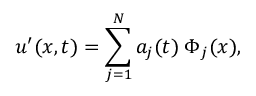
\boldsymbol { u } ^ { \prime } ( \boldsymbol { x } , t ) = \sum _ { j = 1 } ^ { N } a _ { j } ( t ) \: \boldsymbol { \Phi } _ { j } ( \boldsymbol { x } ) ,